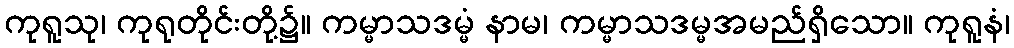
ကုရူသု၊ ကုရုတိုင်းတို့၌။ ကမ္မာသဒမ္မံ နာမ၊ ကမ္မာသဒမ္မအမည်ရှိသော။ ကုရူနံ၊